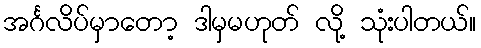
အင်္ဂလိပ်မှာတော့ ဒါမှမဟုတ် လို့ သုံးပါတယ်။